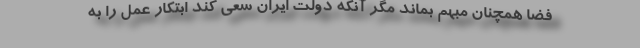
فضا همچنان مبهم بماند مگر آنکه دولت ایران سعی کند ابتکار عمل را به